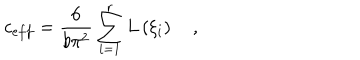
LaTeX: c _ { e f f } = \frac { 6 } { b \pi ^ { 2 } } \sum _ { i = 1 } ^ { r } L \left( \xi _ { i } \right) \quad ,